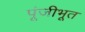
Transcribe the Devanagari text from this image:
पूंजीभूत